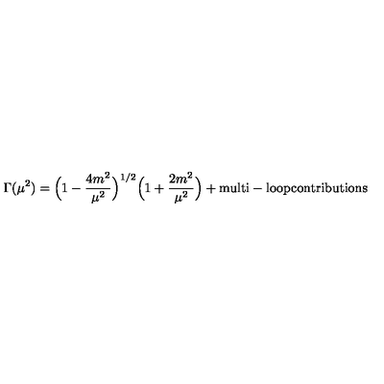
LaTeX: \Gamma ( \mu ^ { 2 } ) = \Bigl ( 1 - \frac { 4 m ^ { 2 } } { \mu ^ { 2 } } \Bigr ) ^ { 1 / 2 } \Bigl ( 1 + \frac { 2 m ^ { 2 } } { \mu ^ { 2 } } \Bigr ) + \mathrm { m u l t i - l o o p c o n t r i b u t i o n s }